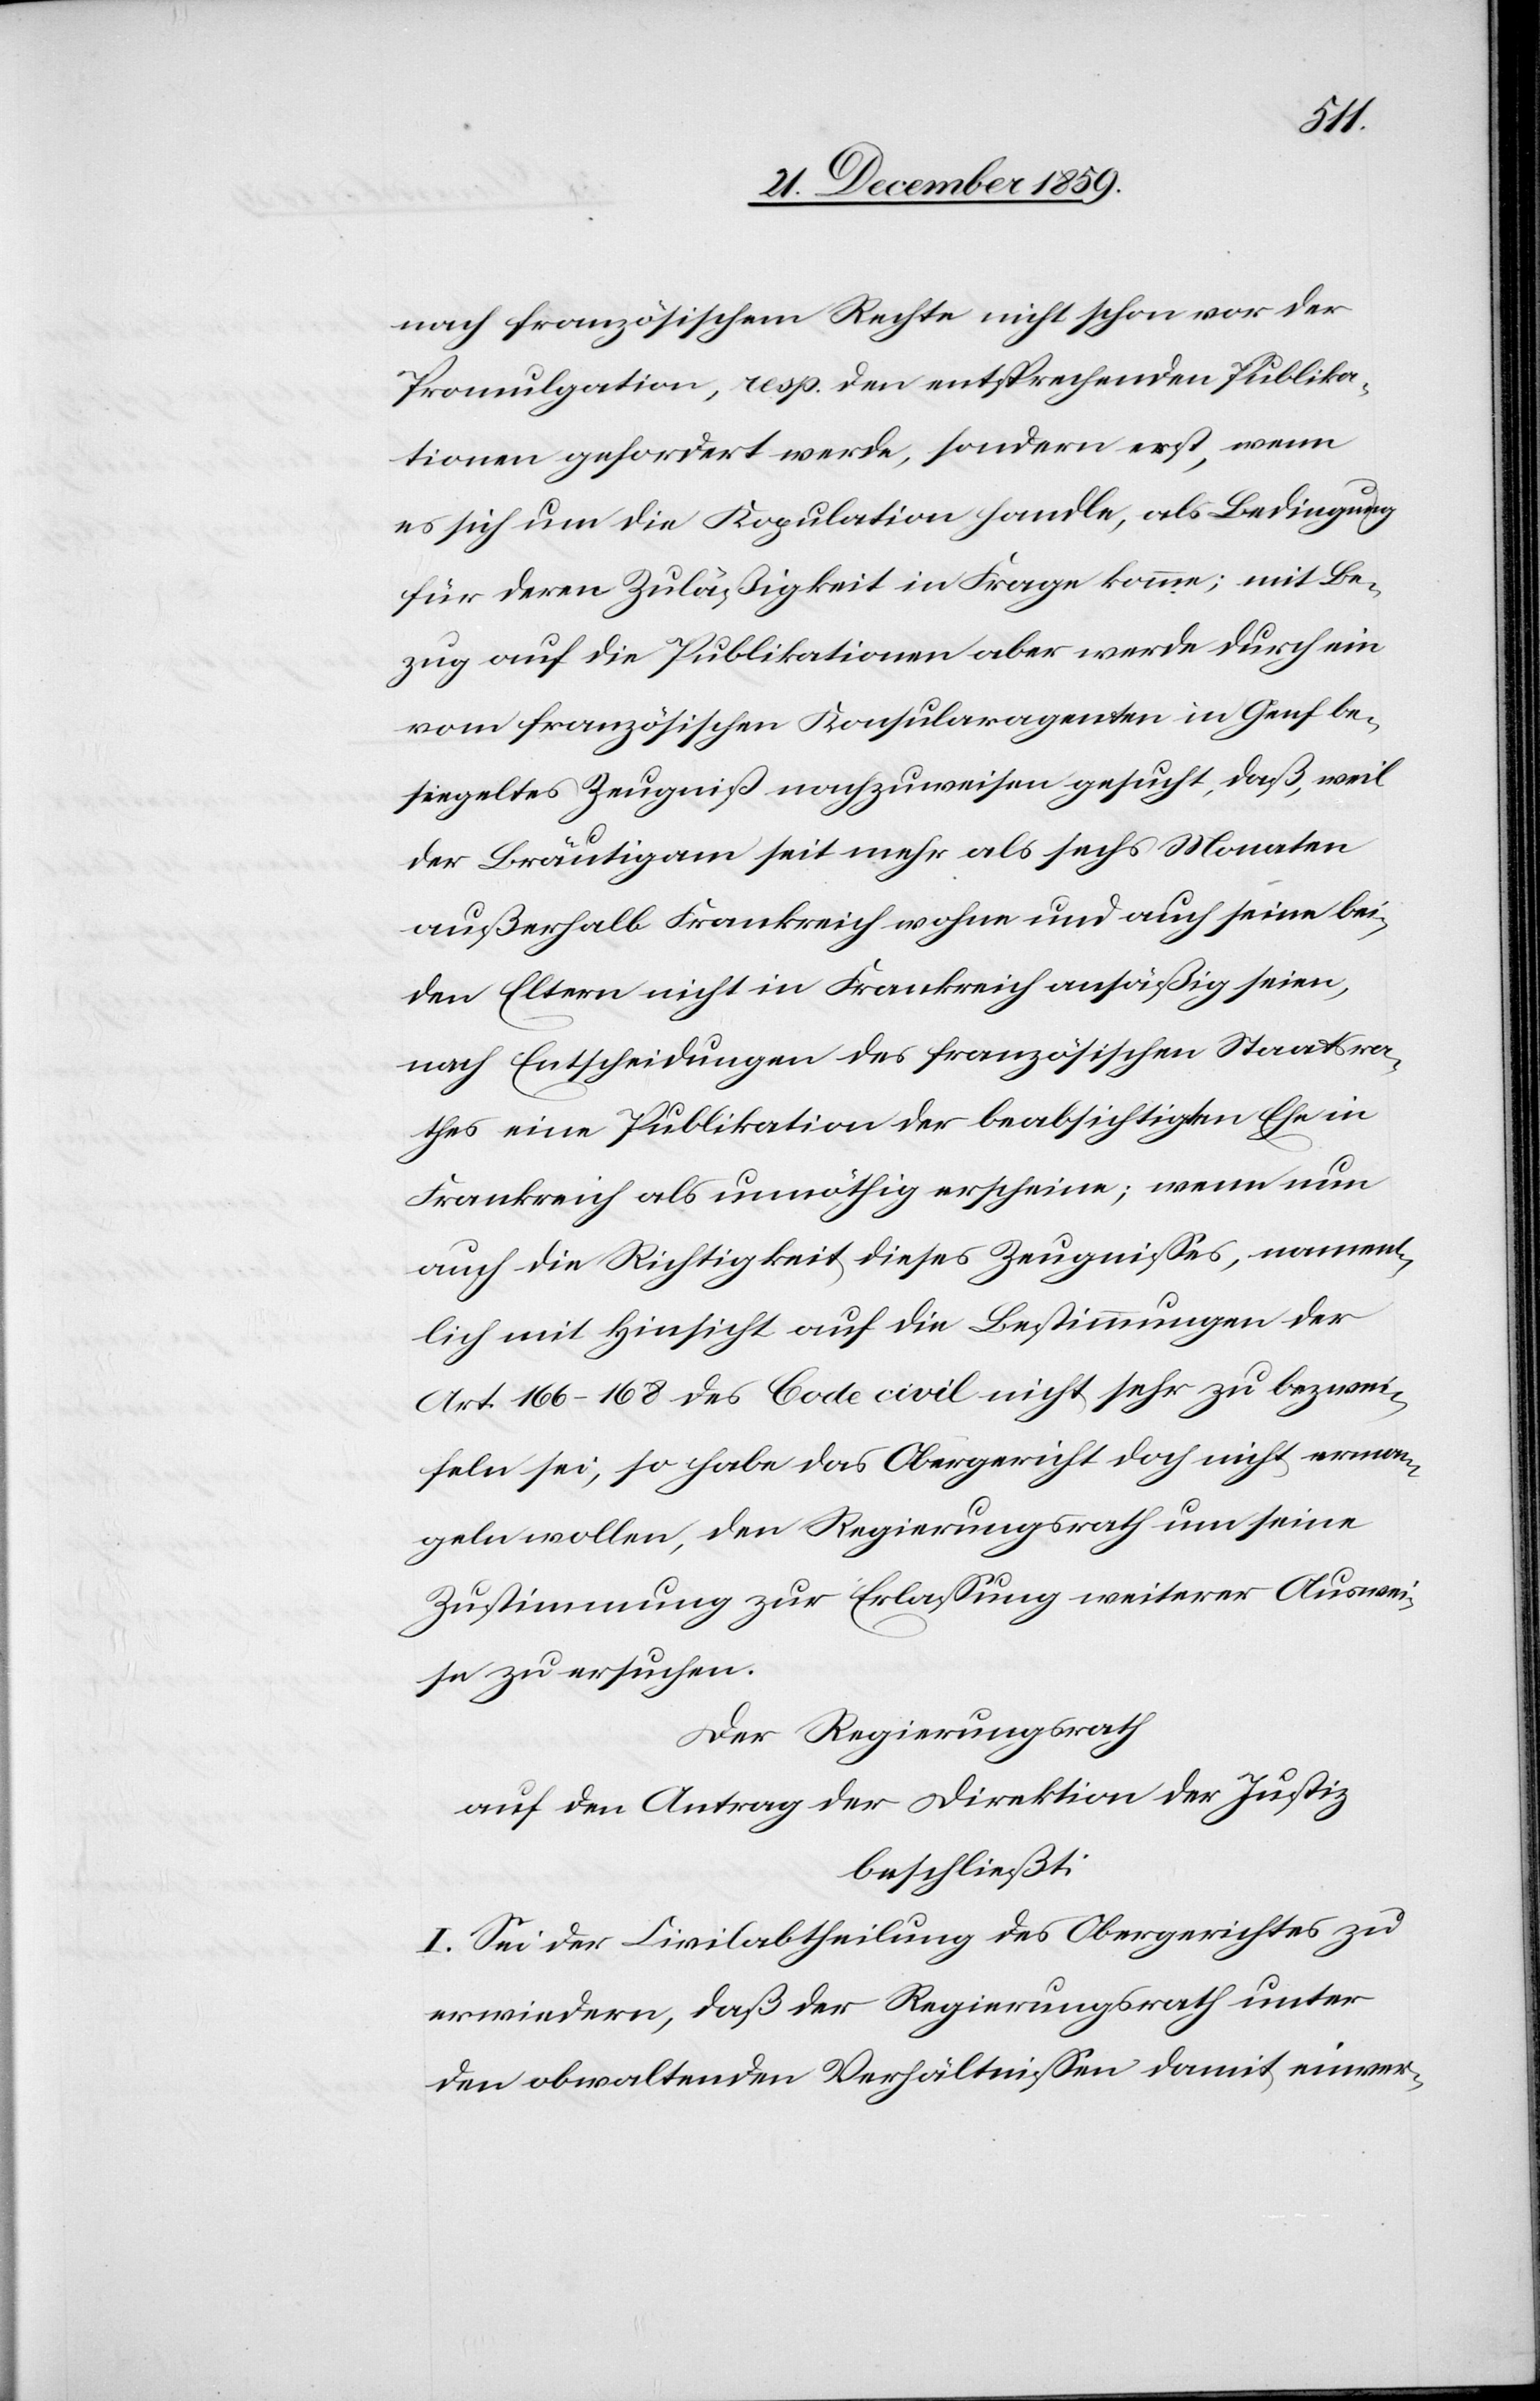
nach französischem Rechte nicht schon vor der
Promulgation, resp. den entsprechenden Publika¬
tionen gefordert werde, sondern erst, wenn
es sich um die Kopulation handle, als Bedingung
für deren Zuläßigkeit in Frage komme; mit Be¬
zug auf die Publikation aber werde durch ein
vom französischen Konsularagenten in Genf be¬
siegeltes Zeugniß nachzuweisen gesucht, daß, weil
der Bräutigam seit mehr als sechs Monaten
außerhalb Frankreich wohne und auch seine bei¬
den Eltern nicht in Frankreich ansäßig seien,
nach Entscheidungen des französischen Staatsra¬
thes eine Publikation der beabsichtigten Ehe in
Frankreich als unnöthig erscheine; wenn nun
auch die Richtigkeit dieses Zeugnisses, nament¬
lich mit Hinsicht auf die Bestimmungen der
Art. 166–168 des Code civil nicht sehr zu bezwei¬
feln sei, so habe das Obergericht doch nicht erman¬
geln wollen, den Regierungsrath um seine
Zustimmung zur Erlassung weiterer Auswei¬
se zu ersuchen.
Der Regierungsrath
auf den Antrag der Direktion der Justiz
beschließt:
I. Sei der Civilabtheilung des Obergerichtes zu
erwiedern, daß der Regierungsrath unter
den obwaltenden Verhältnissen damit einver-